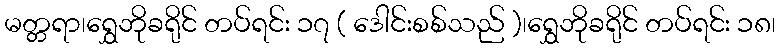
မတ္တရာ၊ရွှေဘိုခရိုင် တပ်ရင်း ၁၇ ( ဒေါင်းစစ်သည် )၊ရွှေဘိုခရိုင် တပ်ရင်း ၁၈၊